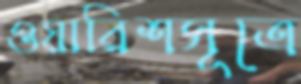
ওয়ারিশসূত্রে